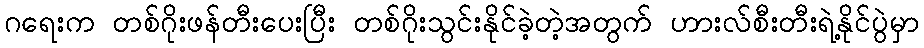
ဂရေးက တစ်ဂိုးဖန်တီးပေးပြီး တစ်ဂိုးသွင်းနိုင်ခဲ့တဲ့အတွက် ဟားလ်စီးတီးရဲ့နိုင်ပွဲမှာ